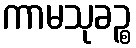
ကာမသုခဉ္စ